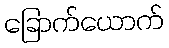
ခြောက်ယောက်